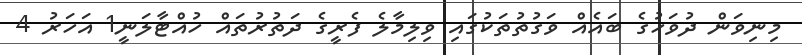
މިނިވަން ދުވަހުގެ ބައެއް ވަގުތުތަކުގައި ވިލިމާލެ ފެރީގެ ދަތުރުތައް ހުއްޓާލަނީ1 އަހަރު 4